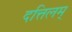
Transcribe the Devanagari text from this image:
दत्तिलम्‌